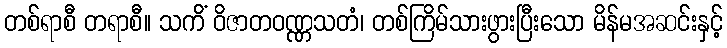
တစ်ရာစီ တရာစီ။ သကိံ ဝိဇာတဝဏ္ဏသတံ၊ တစ်ကြိမ်သားဖွားပြီးသော မိန်မအဆင်းနှင့်